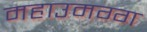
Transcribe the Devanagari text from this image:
महाउमग्ग